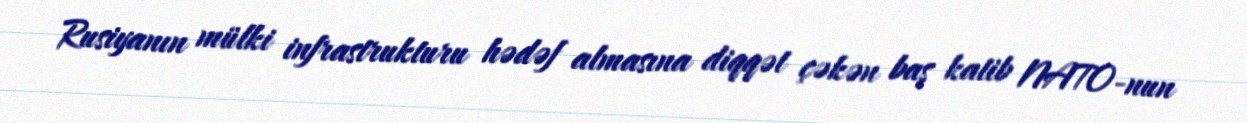
Rusiyanın mülki infrastrukturu hədəf almasına diqqət çəkən baş katib NATO-nun